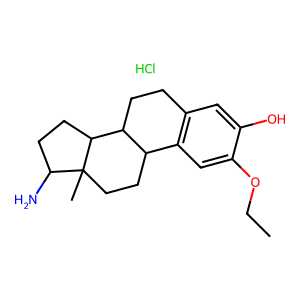
SMILES: CCOc1cc2c(cc1O)CCC1C2CCC2(C)C(N)CCC12.Cl
Inhibits HIV replication: No